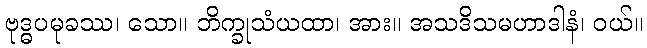
ဗုဒ္ဓပမုခဿ၊ သော။ ဘိက္ခုသံယထာ၊ အား။ အသဒိသမဟာဒါနံ၊ ဝယ်။